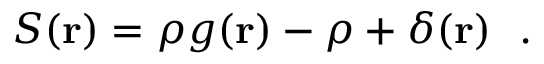
\begin{array} { r } { S ( { \bf r } ) = \rho g ( { \bf r } ) - \rho + \delta ( { \bf r } ) ~ ~ . } \end{array}